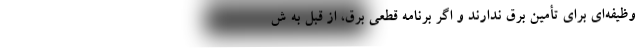
وظیفه‌ای برای تأمین برق ندارند و اگر برنامه قطعی برق، از قبل به ش